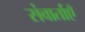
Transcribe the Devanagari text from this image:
संवार्ताएँ